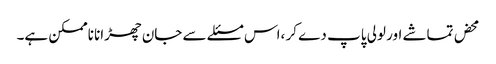
محض تماشے اور لولی پاپ دے کر ،اس مسئلے سے جان چھڑانا ناممکن ہے۔